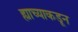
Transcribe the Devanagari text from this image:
ह्याच्याकडून